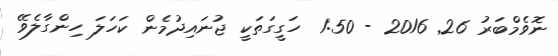
ނޮވެމްބަރު 26